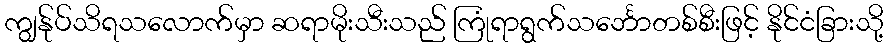
ကျွန်ုပ်သိရသလောက်မှာ ဆရာမိုးသီးသည် ကြုံရာရွက်သင်္ဘောတစ်စီးဖြင့် နိုင်ငံခြားသို့